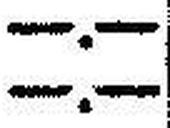
—.—